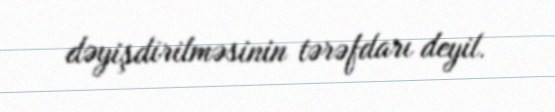
dəyişdirilməsinin tərəfdarı deyil.